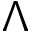
\Lambda